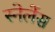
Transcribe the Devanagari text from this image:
स्नेलेंस